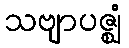
သဗျာပဇ္ဈံ